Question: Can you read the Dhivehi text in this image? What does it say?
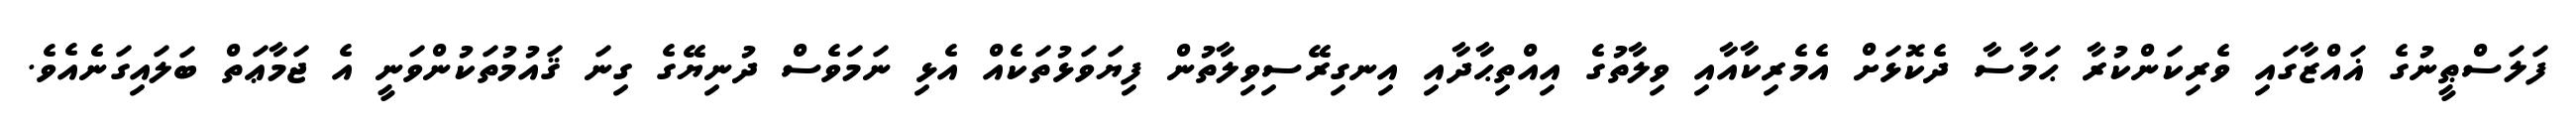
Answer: ފަލަސްޠީނުގެ ޣައްޒާގައި ވެރިކަންކުރާ ޙަމާސާ ދެކޮޅަށް އެމެރިކާއާއި ވިލާތުގެ އިއްތިޙާދާއި އިނގިރޭސިވިލާތުން ފިޔަވަޅުތަކެއް އެޅި ނަމަވެސް ދުނިޔޭގެ ގިނަ ޤައުމުތަކުންވަނީ އެ ޖަމާޢަތް ބަލައިގަނެއެވެ.